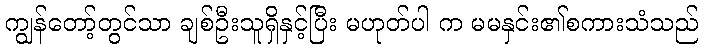
ကျွန်တော့်တွင်သာ ချစ်ဦးသူရှိနှင့်ပြီး မဟုတ်ပါ က မမနှင်း၏စကားသံသည်